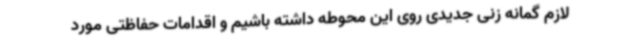
لازم گمانه زنی جدیدی روی این محوطه داشته باشیم و اقدامات حفاظتی مورد